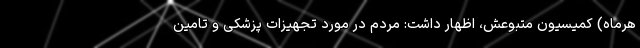
هرماه) کمیسیون متبوعش، اظهار داشت: مردم در مورد تجهیزات پزشکی و تامین